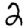
Digit: 2